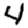
Digit: 4